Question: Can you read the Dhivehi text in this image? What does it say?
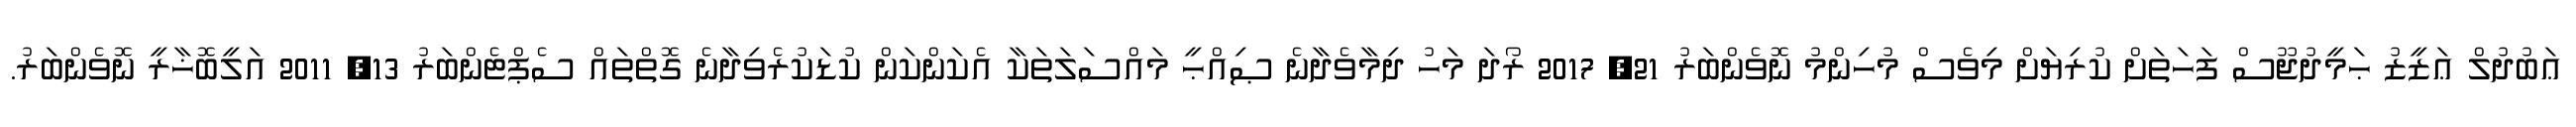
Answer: ޢަބުދުލް ޢަޒީޒު ޙަމީދުޖޫސް ފަހަތަށް ކުރިޔަށް މިވެސް މުހިންމު ނޮވެންބަރު 21, 2017 ރޯދަ މަހު ދިމާވެދާނެ ޞިއްޙީ މައްސަލަތަކާ އެކަންކަން ކުޑަކުރެވިދާނެ ގޮތްތައް ސެޕްޓެންބަރު 13, 2011 އަލީބޮޚާރީ ނޮވެންބަރު.